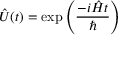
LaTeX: { \hat { U } } ( t ) = \exp \left( { \frac { - i { \hat { H } } t } { \hbar } } \right)